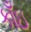
કાઁઇ